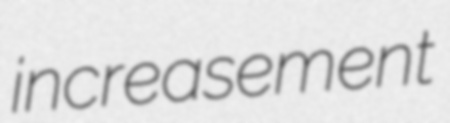
increasement